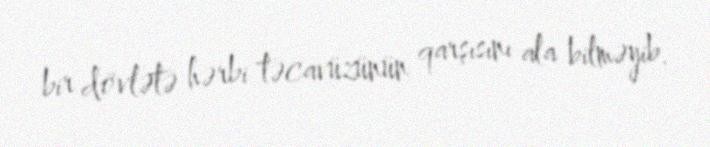
bir dövlətə hərbi təcavüzünün qarşısını ala bilməyib.